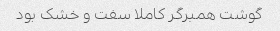
گوشت همبرگر کاملا سفت و خشک بود